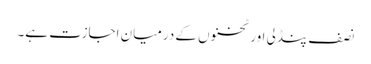
نصف پنڈلی اور ٹخنوں کے درمیان اجازت ہے۔